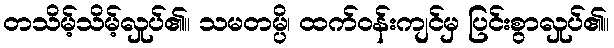
တသိမ့်သိမ့်လှုပ်၏။ သမတမ္ပိ၊ ထက်ဝန်းကျင်မှ ပြင်းစွာလှုပ်၏။